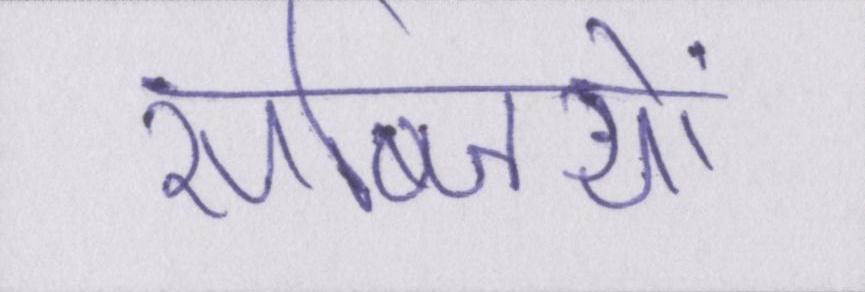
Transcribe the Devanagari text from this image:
सब्जियों